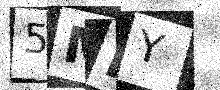
Text: 5MRY